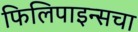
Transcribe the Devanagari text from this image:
फिलिपाइन्सचा